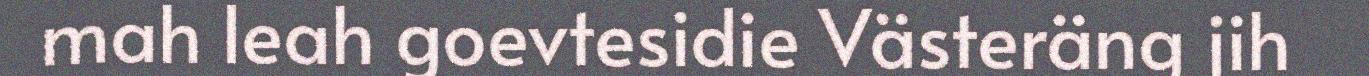
mah leah goevtesidie Västeräng jih